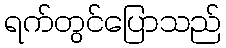
ရက်တွင်ပြောသည်